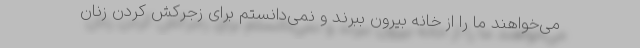
می‌خواهند ما را از خانه بیرون ببرند و نمی‌دانستم برای زجرکش کردن زنان